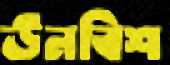
ঊনবিশ